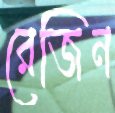
রেজিন